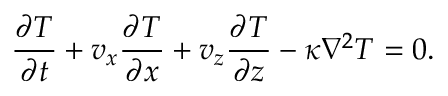
\frac { \partial T } { \partial t } + v _ { x } \frac { \partial T } { \partial x } + v _ { z } \frac { \partial T } { \partial z } - \kappa \nabla ^ { 2 } T = 0 .